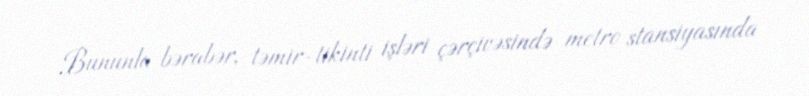
Bununla bərabər, təmir-tikinti işləri çərçivəsində metro stansiyasında